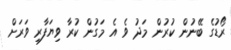
ރޯޑުގެ ބޭނުން ކުރުން މަދު ވެ އެ މަގުން ކުރާ ވިޔަފާރި ވަރަށް